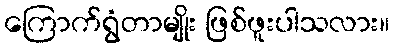
ကြောက်ရွံတာမျိုး ဖြစ်ဖူးပါသလား။